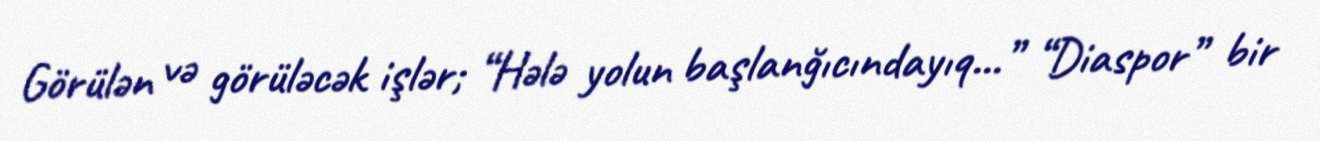
Görülən və görüləcək işlər; “Hələ yolun başlanğıcındayıq...” “Diaspor” bir